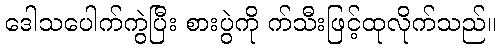
ဒေါသပေါက်ကွဲပြီး စားပွဲကို က်သီးဖြင့်ထုလိုက်သည်။